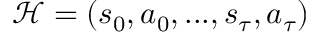
\mathcal { H } = ( s _ { 0 } , a _ { 0 } , . . . , s _ { \tau } , a _ { \tau } )